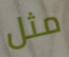
مثل